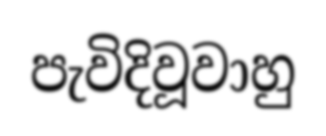
පැවිදිවූවාහු